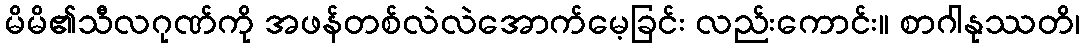
မိမိ၏သီလဂုဏ်ကို အဖန်တစ်လဲလဲအောက်မေ့ခြင်း လည်းကောင်း။ စာဂါနုဿတိ၊